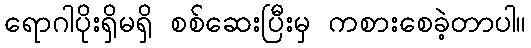
ရောဂါပိုးရှိမရှိ စစ်ဆေးပြီးမှ ကစားစေခဲ့တာပါ။